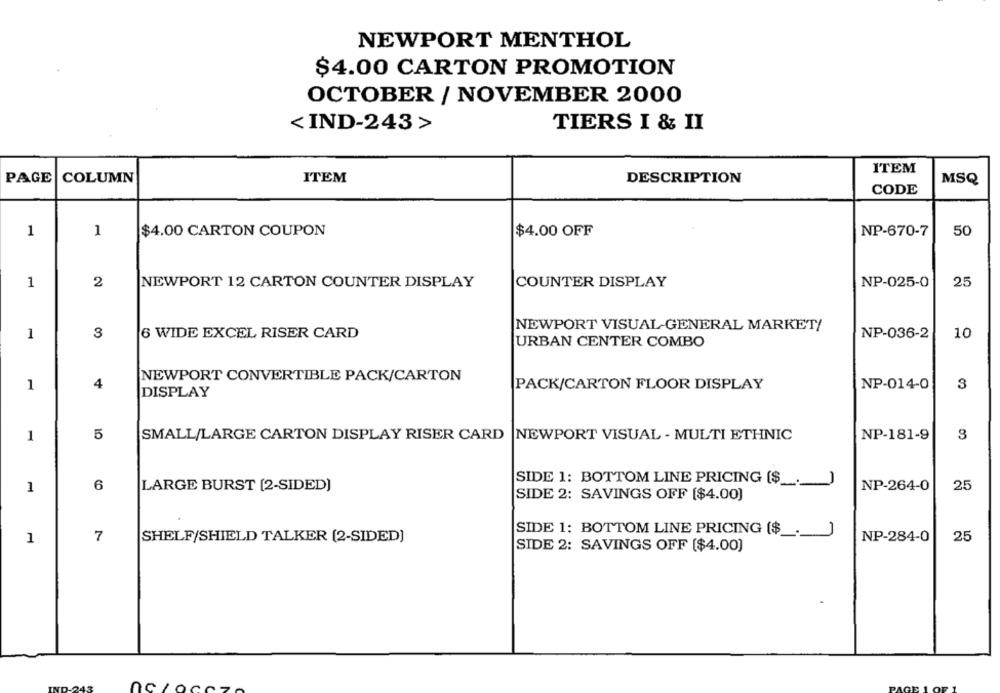
NEWPORT MENTHOL
$4.00 CARTON PROMOTION
OCTOBER / NOVEMBER 2000
<IND-243>
TIERS I & II
ITEM
PAGE
COLUMN
ITEM
DESCRIPTION
MSQ
CODE
1
1
$4.00 CARTON COUPON
$4.00 OFF
NP-670-7
50
1
2
NEWPORT 12 CARTON COUNTER DISPLAY
COUNTER DISPLAY
NP-025-0
25
NEWPORT VISUAL-GENERAL MARKET/
1
3
6 WIDE EXCEL RISER CARD
NP-036-2
10
URBAN CENTER COMBO
NEWPORT CONVERTIBLE PACK/CARTON
1
4
PACK/CARTON FLOOR DISPLAY
NP-014-0
3
DISPLAY
5
SMALL/LARGE CARTON DISPLAY RISER CARD |NEWPORT VISUAL - MULTI ETHNIC
NP-181-9
3
1
SIDE 1: BOTTOM LINE PRICING ($ _._ )
1
6
LARGE BURST [2-SIDED)
NP-264-0
25
SIDE 2: SAVINGS OFF [$4.00)
SIDE 1: BOTTOM LINE PRICING ($ _._
1
7
SHELF/SHIELD TALKER (2-SIDED]
NP-284-0
25
SIDE 2: SAVINGS OFF ($4.00)